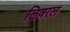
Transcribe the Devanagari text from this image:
लिवरल